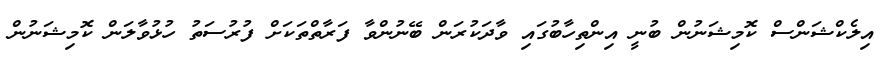
އިލެކްޝަންސް ކޮމިޝަނުން ބުނީ އިންތިހާބުގައި ވާދަކުރަން ބޭނުންވާ ފަރާތްތަކަށް ފުރުސަތު ހުޅުވާލަން ކޮމިޝަނުން